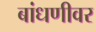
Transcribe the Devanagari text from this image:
बांधणीवर